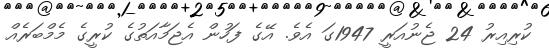
ކުރިއިރު 24 ޖެނުއަރީ 1947ގަ އެވެ. އޭގެ ފަހުން އެޖަމާއަތުގެ ކުރީގެ މެމްބަރެއް